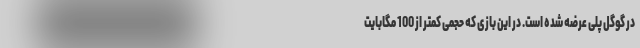
در گوگل پلی عرضه شده است. در این بازی که حجمی کمتر از 100 مگابایت